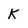
Character: K